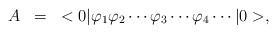
\begin{align*}\begin{array}{rcl}A&=&<0|\varphi_1\varphi_2\cdots\varphi_3\cdots\varphi_4\cdots|0>, \end{array}\end{align*}